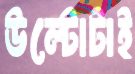
উল্টোটাই